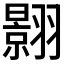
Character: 𮶎